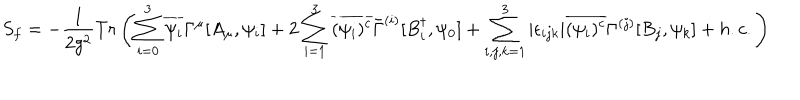
LaTeX: S _ { f } = - \frac { 1 } { 2 g ^ { 2 } } T r \left( \sum _ { i = 0 } ^ { 3 } \overline { { { \psi _ { i } } } } \Gamma ^ { \mu } [ A _ { \mu } , \psi _ { i } ] + 2 \sum _ { i = 1 } ^ { 3 } \overline { { { ( \psi _ { i } ) ^ { c } } } } \bar { \Gamma } ^ { ( i ) } [ B _ { i } ^ { \dagger } , \psi _ { 0 } ] + \sum _ { i , j , k = 1 } ^ { 3 } | \epsilon _ { i j k } | \overline { { { ( \psi _ { i } ) ^ { c } } } } \Gamma ^ { ( j ) } [ B _ { j } , \psi _ { k } ] + h . c . \right)